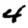
Digit: 4